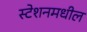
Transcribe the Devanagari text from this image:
स्टेशनमधील